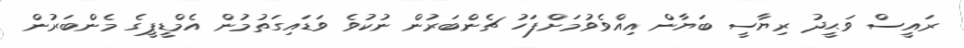
ރައީސް ވަޙީދު ރިޔާސީ ބަޔާން އިއްވެވުމަށްފަހު ޗެންބަރުން ނުކުވެ ވަޑައިގަތުމުން އެމްޑީޕީގެ މެންބަރުން